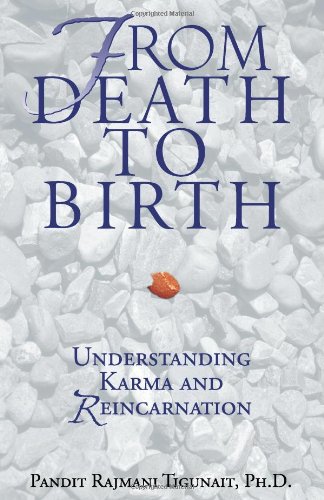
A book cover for From Death to Birth: Understanding Karma and Reincarnation; Pandit Rajmani Tigunait; Religion & Spirituality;